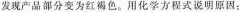
发现产品部分变为红褐色。用化学方程式说明原因：